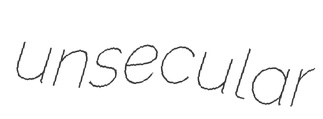
unsecular